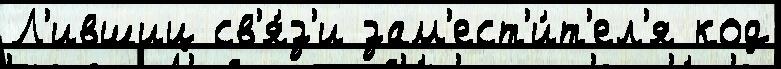
Л'ившиц св'я́з'и зам'ест'и́т'ел'я код